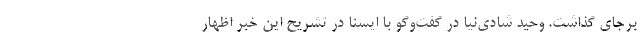
برجای گذاشت. وحید شادی‌نیا در گفت‌وگو با ایسنا در تشریح این خبر اظهار